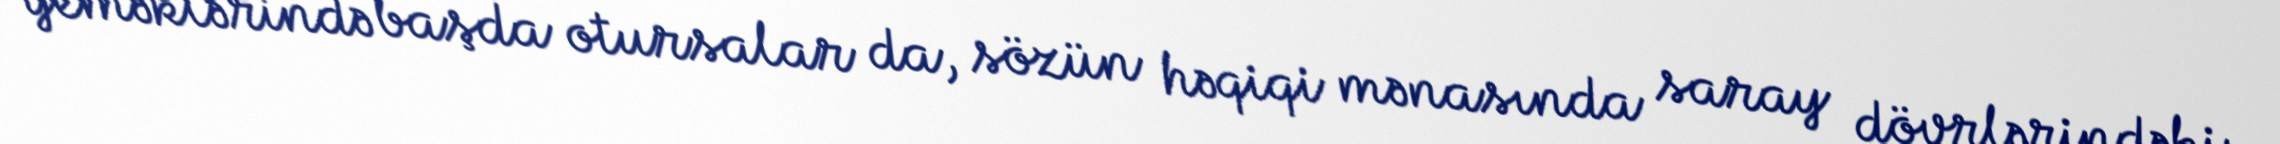
yeməklərində başda otursalar da, sözün həqiqi mənasında saray dövrlərindəki